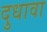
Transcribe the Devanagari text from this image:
दुधावा